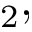
_ { 2 } ,